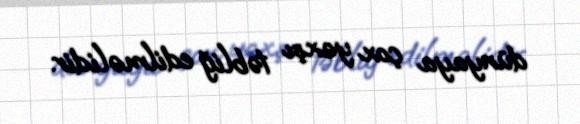
dünyaya çox yaxşı təbliğ edilməlidir.